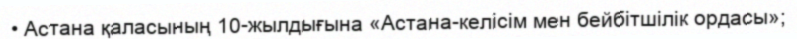
• Астана қаласының 10-жылдығына «Астана-келісім мен бейбітшілік ордасы»;